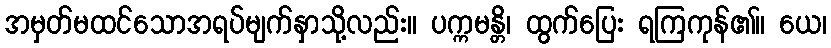
အမှတ်မထင်သောအရပ်မျက်နှာသို့လည်း။ ပက္ကမန္တိ၊ ထွက်ပြေး ရကြကုန်၏။ ယေ၊